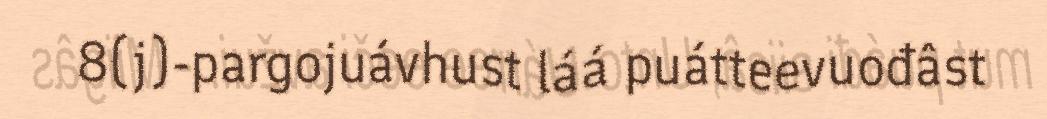
8(j)-pargojuávhust láá puátteevuođâst